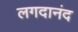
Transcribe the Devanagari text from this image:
लगदानंद